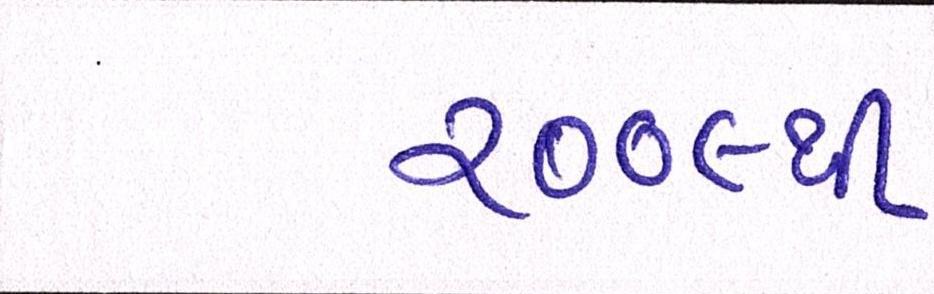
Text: ૨૦૦૯થી